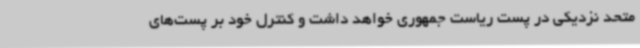
متحد نزدیکی در پست ریاست جمهوری خواهد داشت و کنترل خود بر پست‌های